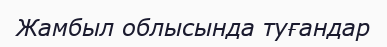
Жамбыл облысында туғандар